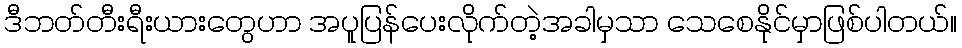
ဒီဘတ်တီးရီးယားတွေဟာ အပူပြန်ပေးလိုက်တဲ့အခါမှသာ သေစေနိုင်မှာဖြစ်ပါတယ်။